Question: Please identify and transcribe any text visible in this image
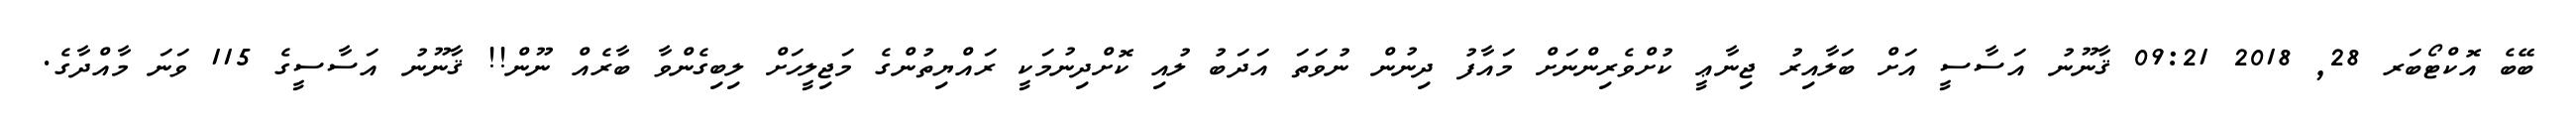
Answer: ބޭބެ އޮކްޓޯބަރ 28, 2018 09:21 ޤާނޫނު އަސާސީ އަށް ބަލާއިރު ޖިނާޢީ ކުށްވެރިންނަށް މައާފު ދިނުން ނުވަތަ އަދަބު ލުއި ކޮށްދިނުމަކީ ރައްޔިތުންގެ މަޖިލީހަށް ލިބިގެންވާ ބާރެއް ނޫން!! ޤާނޫނު އަސާސީގެ 115 ވަނަ މާއްދާގެ.